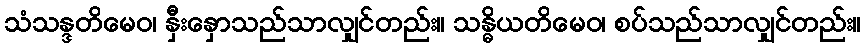
သံသန္ဒတိမေဝ၊ နှီးနှောသည်သာလျှင်တည်း။ သန္ဓိယတိမေဝ၊ စပ်သည်သာလျှင်တည်း။